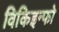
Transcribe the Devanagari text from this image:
विकिइन्फो